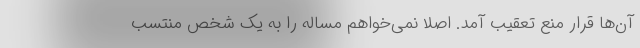
آن‌ها قرار منع تعقیب آمد. اصلاً نمی‌خواهم مساله را به یک شخص منتسب